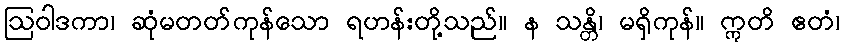
ဩဝါဒကာ၊ ဆုံမတတ်ကုန်သော ရဟန်းတို့သည်။ န သန္တိ၊ မရှိကုန်။ ဣတိ ဧတံ၊